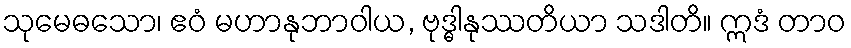
သုမေဓသော၊ ဧဝံ မဟာနုဘာဝါယ, ဗုဒ္ဓါနုဿတိယာ သဒါတိ။ ဣဒံ တာဝ